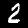
Digit: 2